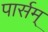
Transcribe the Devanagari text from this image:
पार्सम्